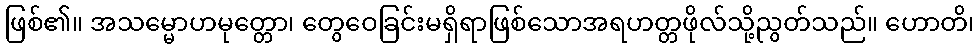
ဖြစ်၏။ အသမ္မောဟမုတ္တော၊ တွေဝေခြင်းမရှိရာဖြစ်သောအရဟတ္တဖိုလ်သို့ညွတ်သည်။ ဟောတိ၊